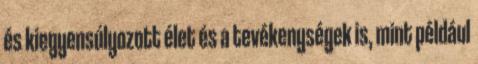
és kiegyensúlyozott élet és a tevékenységek is, mint például